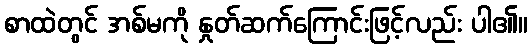
စာထဲတွင် အစ်မကို နှုတ်ဆက်ကြောင်းဖြင့်လည်း ပါ၏။